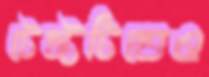
টেস্টটিতেও